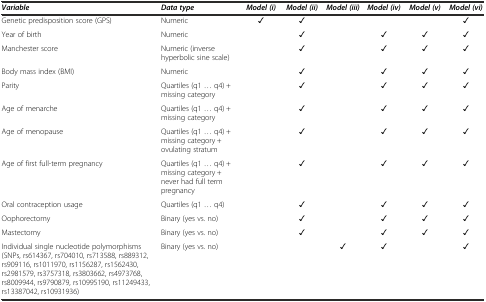
| Variable | Data type | Model (i) | Model (ii) | Model (iii) | Model (iv) | Model (v) | Model (vi) |
 | --- | --- | --- | --- | --- | --- | --- | --- |
 | Genetic predisposition score (GPS) | Numeric | ✓ | ✓ |  |  |  | ✓ |
 | Year of birth | Numeric |  | ✓ |  | ✓ | ✓ | ✓ |
 | Manchester score | Numeric (inverse hyperbolic sine scale) |  | ✓ |  | ✓ | ✓ | ✓ |
 | Body mass index (BMI) | Numeric |  | ✓ |  | ✓ | ✓ | ✓ |
 | Parity | Quartiles (q1 ... q4) + missing category |  | ✓ |  | ✓ | ✓ | ✓ |
 | Age of menarche | Quartiles (q1 ... q4) + missing category |  | ✓ |  | ✓ | ✓ | ✓ |
 | Age of menopause | Quartiles (q1 ... q4) + missing category + ovulating stratum |  | ✓ |  | ✓ | ✓ | ✓ |
 | Age of first full-term pregnancy | Quartiles (q1 ... q4) + missing category + never had full term pregnancy |  | ✓ |  | ✓ | ✓ | ✓ |
 | Oral contraception usage | Quartiles (q1 ... q4) |  | ✓ |  | ✓ | ✓ | ✓ |
 | Oophorectomy | Binary (yes vs. no) |  | ✓ |  | ✓ | ✓ | ✓ |
 | Mastectomy | Binary (yes vs. no) |  | ✓ |  | ✓ | ✓ | ✓ |
 | Individual single nucleotide polymorphisms (SNPs, rs614367, rs704010, rs713588, rs889312, rs909116, rs1011970, rs1156287, rs1562430, rs2981579, rs3757318, rs3803662, rs4973768, rs8009944, rs9790879, rs10995190, rs11249433, rs13387042, rs10931936) | Binary (yes vs. no) |  |  | ✓ | ✓ |  | ✓ |